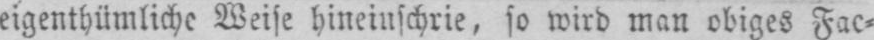
eigentümliche Weise hineinschrie, so wird man obiges Fac⸗